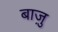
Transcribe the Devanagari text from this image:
बाज़ु